Document type: Sale
Year: 1440
Scribe: Pere Pau Pujades
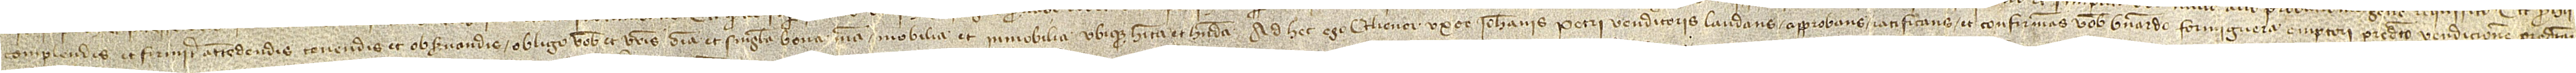
complendis et firmiter attendendis, tenendis et observandis obligo vobis et vestris omnia et singula bona mea, mobilia et immobilia, ubique habita et habenda. Ad hec ego Elienor, uxor Iohannis Petri, venditoris, laudans, approbans, ratificans et confirmans vobis Bernardo Formiguera, emptori predicto, vendicionem predictam